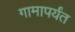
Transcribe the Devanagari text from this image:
गामापर्यंत